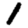
Digit: 1